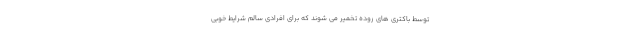
توسط باکتری های روده تخمیر می شوند که برای افرادی سالم شرایط خوبی